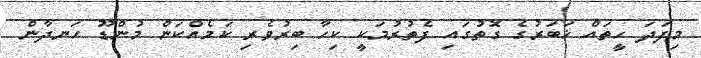
މިފަދަ ހީތައް ޚަބަރުގެ ގޮތުގައި ފެތުރުމަކީ ކިހާ ބިރުވެރި ކަމެއްކަން މުންޑޫ ހަނދާން